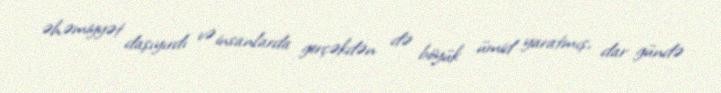
əhəmiyyət daşıyırdı və insanlarda gerçəkdən də böyük ümid yaratmış, dar gündə